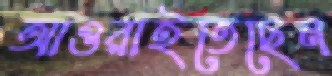
আওরাইতেছেন